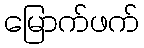
မြောက်ဖက်